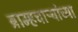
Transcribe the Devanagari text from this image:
ब्राम्हचाऱ्यांच्या